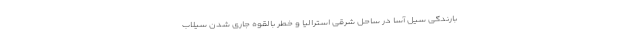
بارندگی سیل آسا در ساحل شرقی استرالیا و خطر بالقوه جاری شدن سیلاب